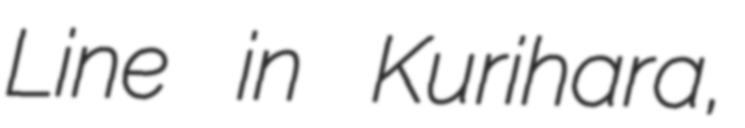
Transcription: Line in Kurihara,